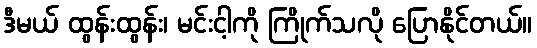
ဒီမယ် ထွန်းထွန်း၊ မင်းငါ့ကို ကြိုက်သလို ပြောနိုင်တယ်။